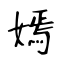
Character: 嫣